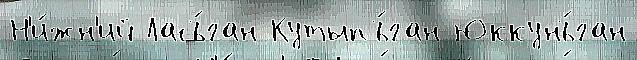
Н'и́жн'ий Ласъ́ган Кутыпъ́ган Юккунъ́ган